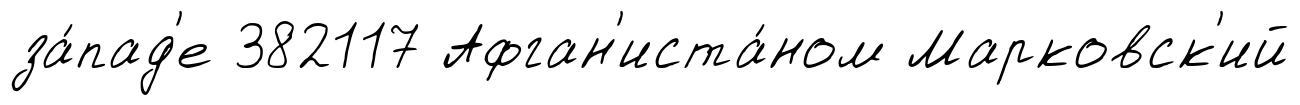
за́пад'е 382117 Афган'иста́ном Марковск'ий